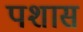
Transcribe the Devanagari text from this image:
पशास